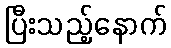
ပြီးသည့်နောက်